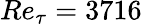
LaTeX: Re_{\tau}=3716